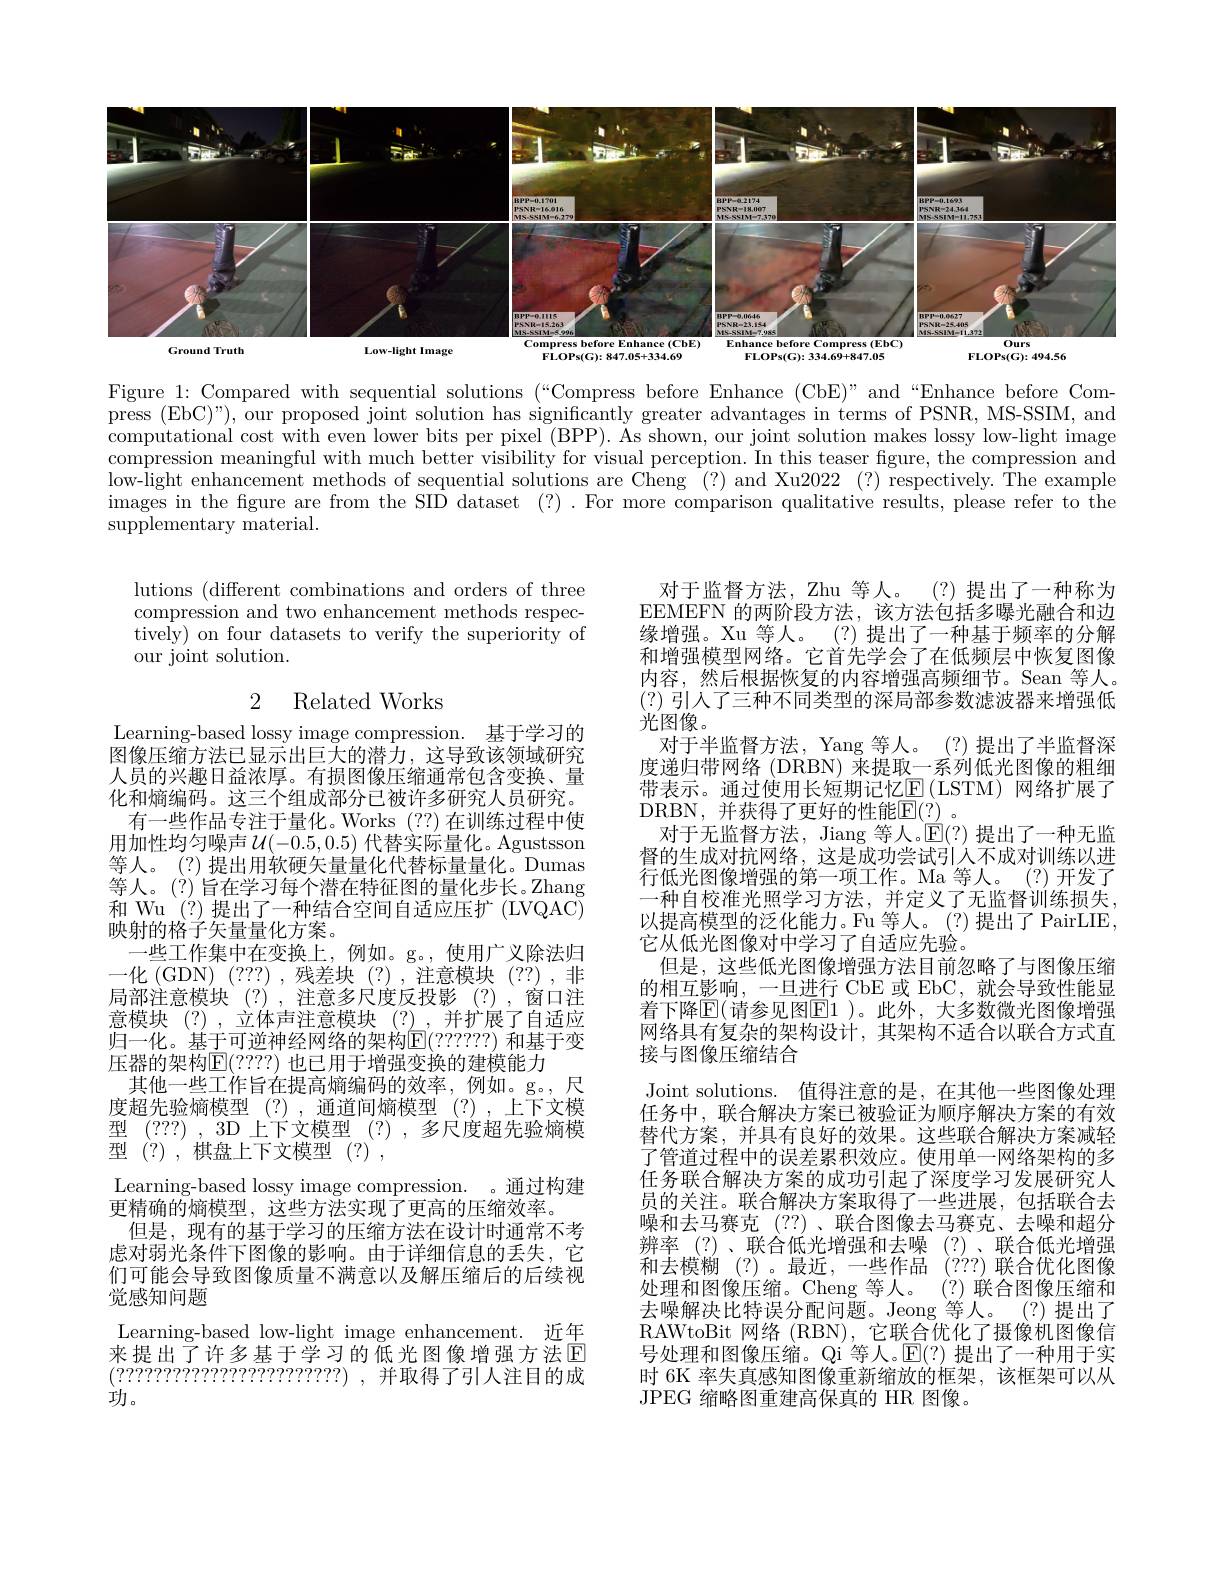
<FigureHere>
Compress
Ground Truth
Low-light Image
FLOPs(G):847.05+334.69
FLOPs(G):334.69+847.05

FLOPs(G):494.56

Figure 1: Compared with sequential solutions (“Compress before Enhance (CbE)”and“Enhance before Com- $\bar{\mathrm{press~(EbC)"),~our~proposed~joint~solution~has~significantly~greater~advantages~in~terms~of~PSNR,~MS-SSIM,~and}}$ computational cost with even lower bits per pixel (BPP). As shown, our joint solution makes lossy low-light image compression meaningful with much better visibility for visual perception. In this teaser figure, the compression and low-light enhancement methods of sequential solutions are Cheng (?) and Xu2022 (?) respectively. The example images in the fgure are from the SID dataset (?). For more comparison qualitative results, please refer to the $\bar{\mathrm{supplementary~material.}}$

lutions (different combinations and orders of three compression and two enhancement methods respectively) on four datasets to verify the superiority of our joint solution.

## 2 Related Works

对于监督方法，Zhu 等人。(?)提出了一种称为EEMEFN 的两阶段方法，该方法包括多曝光融合和边缘增强。Xu 等人。(?)提出了一种基于频率的分解和增强模型网络。它首先学会了在低频层中恢复图像内容，然后根据恢复的内容增强高频细节。Sean 等人。(?)引人了三种不同类型的深局部参数滤波器来增强低光图像。
对于半监督方法，Yang 等人。(?)提出了半监督深度递归带网络 (DRBN) 来提取一系列低光图像的粗细带表示。通过使用长短期记忆$\underline{\mathrm{E}}\left(\mathrm{LSTM}\right)$网络扩展了DRBN,并获得了更好的性能$\underline{\mathrm{E}}(\underline{?})$。
对于无监督方法，Jiang 等人。$\mathbb{E}(?)$提出了一种无监督的生成对抗网络，这是成功尝试引人不成对训练以进行低光图像增强的第一项工作。Ma 等人。(?)开发了一种自校准光照学习方法，并定义了无监督训练损失。以提高模型的泛化能力。Fu 等人。(?)提出了 PairLIE, 它从低光图像对中学习了自适应先验。
但是，这些低光图像增强方法目前忽略了与图像压缩的相互影响，一旦进行 CbE 或 EbC,就会导致性能显着下降$\mathbb{E}($请参见图$\mathbb{E}1$ )。此外，大多数微光图像增强网络具有复杂的架构设计，其架构不适合以联合方式直接与图像压缩结合
Joint solutions. 值得注意的是，在其他一些图像处理任务中，联合解决方案已被验证为顺序解决方案的有效替代方案，并具有良好的效果。这些联合解决方案减轻了管道过程中的误差累积效应。使用单一网络架构的多任务联合解决方案的成功引起了深度学习发展研究人员的关注。联合解决方案取得了一些进展，包括联合去噪和去马赛克 (??)、联合图像去马赛克、去噪和超分辨率(?)、联合低光增强和去噪(?)、联合低光增强和去模糊 (?)。最近，一些作品 (???)联合优化图像处理和图像压缩。Cheng 等人。(?)联合图像压缩和去噪解决比特误分配问题。Jeong 等人。(?)提出了RAWtoBit 网络 (RBN), 它联合优化了摄像机图像信号处理和图像压缩。Qi 等人。$\mathbb{E}(?)$提出了一种用于实时 6K 率失真感知图像重新缩放的框架，该框架可以从JPEG 缩略图重建高保真的 HR 图像。

Learning-based lossy image compression. 基于学习的图像压缩方法已显示出巨大的潜力，这导致该领域研究人员的兴趣日益浓厚。有损图像压缩通常包含变换、量化和熵编码。这三个组成部分已被许多研究人员研究。有一些作品专注于量化。Works (??)在训练过程中使用加性均匀噪声$\mathcal{U}(-0.5,0.5)$ 代替实际量化。Agustsson 等人。(?)提出用软硬矢量量化代替标量量化。Dumas 等人。(?) 旨在学习每个潜在特征图的量化步长。Zhang 和 Wu (?)提出了一种结合空间自适应压扩 (LVQAC) 映射的格子矢量量化方案。
一些工作集中在变换上，例如。g。,使用广义除法归一化 (GDN) (???) ,残差块 (?) ,注意模块 (??) ,非局部注意模块(?),注意多尺度反投影(?),窗口注意模块(?),立体声注意模块(?),并扩展了自适应归一化。基于可逆神经网络的架构$\operatorname{E}(??????)$ 和基于变压器的架构$\mathbb{E}(????)$ 也已用于增强变换的建模能力
其他一些工作旨在提高熵编码的效率，例如。g。,尺度超先验熵模型 (?),通道间熵模型 (?),上下文模型(???) , 3D 上下文模型 (?),多尺度超先验熵模型 (?),棋盘上下文模型 (?) ,
Learning-based lossy image compression. 。通过构建
更精确的熵模型，这些方法实现了更高的压缩效率。
但是，现有的基于学习的压缩方法在设计时通常不考虑对弱光条件下图像的影响。由于详细信息的丢失，它们可能会导致图像质量不满意以及解压缩后的后续视觉感知问题
Learning-based low-light image enhancement. 近年来提出了许多基于学习的低光图像增强方法E $\left(\begin{array}{ccc}?????????????????????????????\right)&,\end{array}$并取得了引人注目的成功。